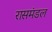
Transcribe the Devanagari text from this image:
रासमंडल